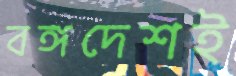
বঙ্গদেশই